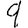
Digit: 9